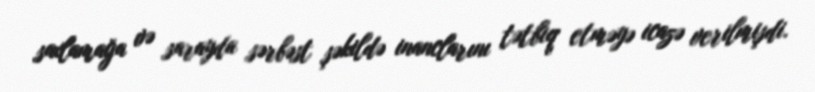
saxlamağa və sarayda sərbəst şəkildə inanclarını tətbiq etməyə icazə verilmişdi.